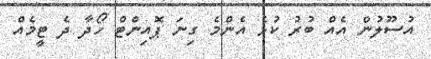
އުސޫލުން އެއް ބުރު ކުޅެ އެންމެ ގިނަ ޕޮއިންޓް ހޯދާ ދެ ޓީމެއް